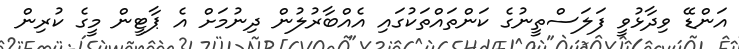
އަންޑޭ ވިދާޅުވީ ފަލަސްތީނުގެ ކަންތައްތަކުގައި އެއްބާރުލުން ދިނުމަށް އެ ޕާޓީން މީގެ ކުރިން